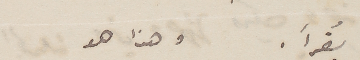
يُقرأ. وهذا هو